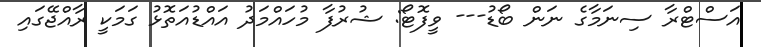
އަސްޓްރާ ސިނަމާގެ ނަން ބޯޑު--- ވީފޮޓޯ: ޝުރުފާ މުހައްމަދު އައްޑުއަތޮޅު ގަމަކީ ރާއްޖޭގައި